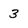
Character: 3